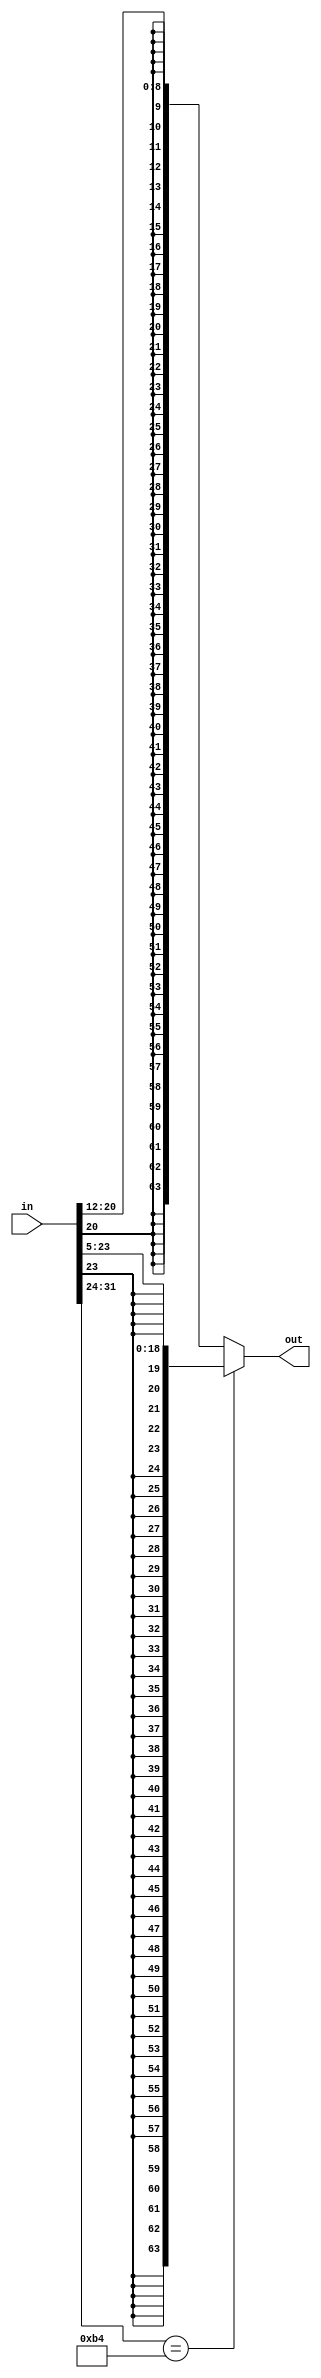
`timescale 1ns / 1ps
//////////////////////////////////////////////////////////////////////////////////
// Company: CECS 530
// 
// Design Name: 
// Module Name: Extend
// Project Name: 
// Target Devices: 
// Tool Versions: 
// Description: 
// 
// Dependencies: 
// 
// Revision:
// Revision 0.01 - File Created
// Additional Comments:
// 
//////////////////////////////////////////////////////////////////////////////////


module Extend(in, out);
    input [31:0] in;
    output reg [63:0] out;
    
    always @(*)
    casez (in[31:21])
    11'b10110100zzz: begin  // CBZ
        out = {{45{in[23]}}, in[23:5]};
    end
    default: begin          // D-type
        out = {{55{in[20]}}, in[20:12]};
    end
    endcase
    
endmodule